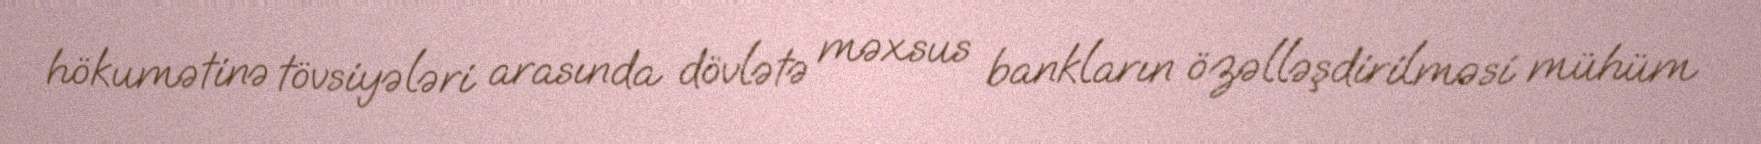
hökumətinə tövsiyələri arasında dövlətə məxsus bankların özəlləşdirilməsi mühüm